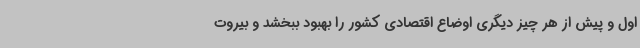
اول و پیش از هر چیز دیگری اوضاع اقتصادی کشور را بهبود ببخشد و بیروت